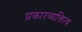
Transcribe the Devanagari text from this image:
प्रकारव्यक्तित्व